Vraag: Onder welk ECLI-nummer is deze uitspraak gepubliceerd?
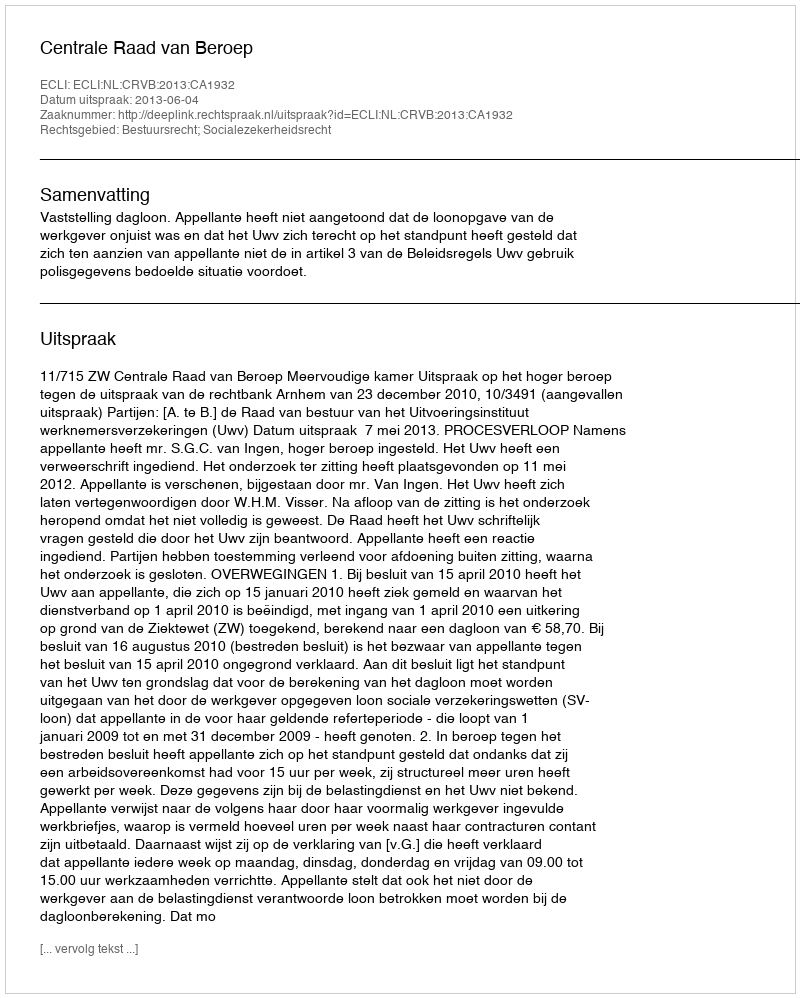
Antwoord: ECLI:NL:CRVB:2013:CA1932